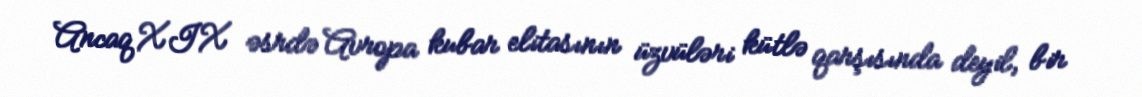
Ancaq XIX əsrdə Avropa kubar elitasının üzvüləri kütlə qarşısında deyil, bir